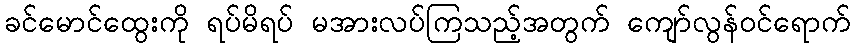
ခင်မောင်ထွေးကို ရပ်မိရပ် မအားလပ်ကြသည့်အတွက် ကျော်လွန်ဝင်ရောက်